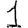
Digit: 1